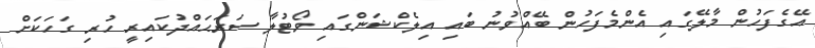
އޭގެފަހުން މާލޭގައި އެންމެފަހުން ބޭއްވުނު ބައި އިލެކްޝަންގައި ވޯޓުލާ ސަރަޙައްދުކައިރީ ހުރި ގަހަކަށް